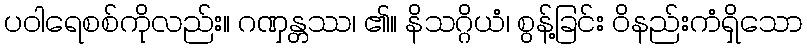
ပဝါရေစစ်ကိုလည်း။ ဂဏှန္တဿ၊ ၏။ နိသဂ္ဂိယံ၊ စွန့်ခြင်း ဝိနည်းကံရှိသော